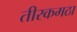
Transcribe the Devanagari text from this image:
तीरकमठा